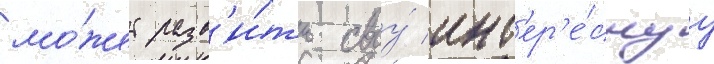
мо́жет разв'и́ть своу́ инт'ер'е́снуу